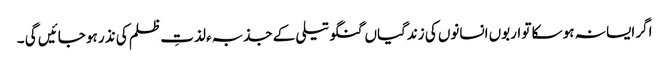
اگر ایسا نہ ہو سکا تو اربوں انسانوں کی زندگیاں گنگو تیلی کے جذبہء لذتِ ظلم کی نذر ہو جائیں گی ۔